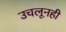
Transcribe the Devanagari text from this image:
उचलूनही